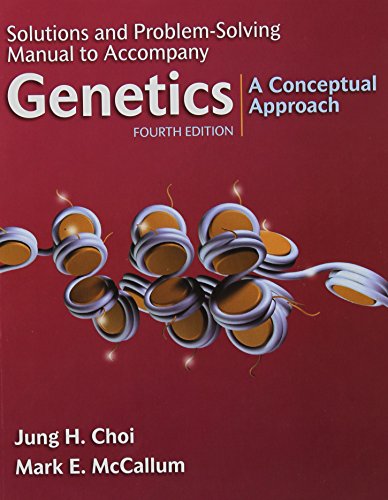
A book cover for Solutions and Problem Solving Manual to Accompany Genetics: A Conceptual Approach, 4th Edition; Benjamin A. Pierce; Medical Books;